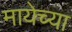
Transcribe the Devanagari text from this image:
मायेच्या